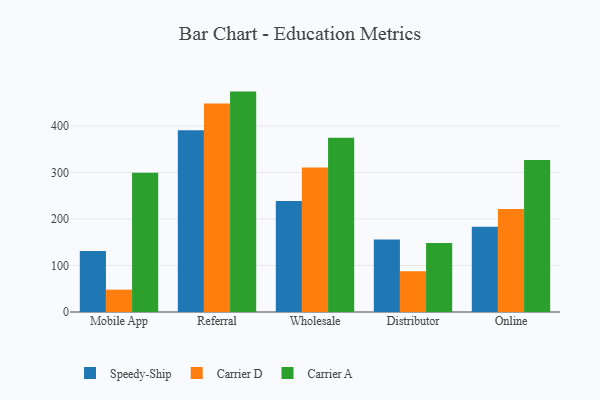
{"axis": {"x": "Channel", "y": "Inventory Turnover"}, "legend": ["Carrier A", "Carrier D", "Speedy-Ship"], "data": [{"x": "Mobile App", "y": 131.2, "type": "Speedy-Ship"}, {"x": "Mobile App", "y": 48.1, "type": "Carrier D"}, {"x": "Mobile App", "y": 299.4, "type": "Carrier A"}, {"x": "Referral", "y": 390.6, "type": "Speedy-Ship"}, {"x": "Referral", "y": 448.4, "type": "Carrier D"}, {"x": "Referral", "y": 473.8, "type": "Carrier A"}, {"x": "Wholesale", "y": 238.8, "type": "Speedy-Ship"}, {"x": "Wholesale", "y": 310.6, "type": "Carrier D"}, {"x": "Wholesale", "y": 374.4, "type": "Carrier A"}, {"x": "Distributor", "y": 155.7, "type": "Speedy-Ship"}, {"x": "Distributor", "y": 87.6, "type": "Carrier D"}, {"x": "Distributor", "y": 148.4, "type": "Carrier A"}, {"x": "Online", "y": 183.4, "type": "Speedy-Ship"}, {"x": "Online", "y": 221.4, "type": "Carrier D"}, {"x": "Online", "y": 326.9, "type": "Carrier A"}]}